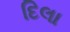
દિલા